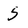
Character: 5